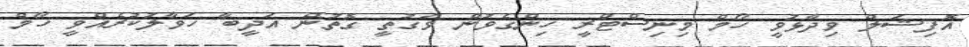
އޮފިޝަލް ވިދާޅުވީ ހޯމް މިނިސްޓްރީ ހިންގެވުން ވަގުތީ ގޮތުން އަދީބާ ހަވާލުކުރެއްވީ ހޯމް